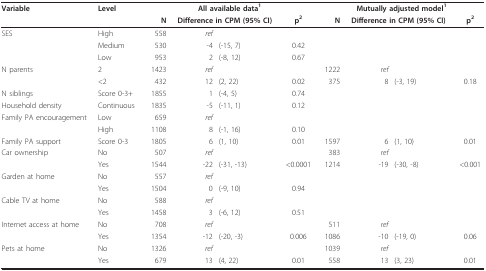
<table><thead><tr><td><b>Variable</b></td><td><b>Level</b></td><td colspan="4"><b>All available data<sup>1</sup></b></td><td colspan="4"><b>Mutually adjusted model<sup>1</sup></b></td></tr><tr><td></td><td></td><td><b>N</b></td><td colspan="2"><b>Difference in CPM (95% CI)</b></td><td><b>p<sup>2</sup></b></td><td><b>N</b></td><td colspan="2"><b>Difference in CPM (95% CI)</b></td><td><b>p<sup>2</sup></b></td></tr></thead><tbody><tr><td>SES</td><td>High</td><td>558</td><td><i>ref</i></td><td></td><td></td><td></td><td></td><td></td><td></td></tr><tr><td></td><td>Medium</td><td>530</td><td>-4</td><td>(-15, 7)</td><td>0.42</td><td></td><td></td><td></td><td></td></tr><tr><td></td><td>Low</td><td>953</td><td>2</td><td>(-8, 12)</td><td>0.67</td><td></td><td></td><td></td><td></td></tr><tr><td>N parents</td><td>2</td><td>1423</td><td><i>ref</i></td><td></td><td></td><td>1222</td><td><i>ref</i></td><td></td><td></td></tr><tr><td></td><td>&lt;2</td><td>432</td><td>12</td><td>(2, 22)</td><td>0.02</td><td>375</td><td>8</td><td>(-3, 19)</td><td>0.18</td></tr><tr><td>N siblings</td><td>Score 0-3+</td><td>1855</td><td>1</td><td>(-4, 5)</td><td>0.74</td><td></td><td></td><td></td><td></td></tr><tr><td>Household density</td><td>Continuous</td><td>1835</td><td>-5</td><td>(-11, 1)</td><td>0.12</td><td></td><td></td><td></td><td></td></tr><tr><td>Family PA encouragement</td><td>Low</td><td>659</td><td><i>ref</i></td><td></td><td></td><td></td><td></td><td></td><td></td></tr><tr><td></td><td>High</td><td>1108</td><td>8</td><td>(-1, 16)</td><td>0.10</td><td></td><td></td><td></td><td></td></tr><tr><td>Family PA support</td><td>Score 0-3</td><td>1805</td><td>6</td><td>(1, 10)</td><td>0.01</td><td>1597</td><td>6</td><td>(1, 10)</td><td>0.01</td></tr><tr><td>Car ownership</td><td>No</td><td>507</td><td><i>ref</i></td><td></td><td></td><td>383</td><td><i>ref</i></td><td></td><td></td></tr><tr><td></td><td>Yes</td><td>1544</td><td>-22</td><td>(-31, -13)</td><td>&lt;0.0001</td><td>1214</td><td>-19</td><td>(-30, -8)</td><td>&lt;0.001</td></tr><tr><td>Garden at home</td><td>No</td><td>557</td><td><i>ref</i></td><td></td><td></td><td></td><td></td><td></td><td></td></tr><tr><td></td><td>Yes</td><td>1504</td><td>0</td><td>(-9, 10)</td><td>0.94</td><td></td><td></td><td></td><td></td></tr><tr><td>Cable TV at home</td><td>No</td><td>588</td><td><i>ref</i></td><td></td><td></td><td></td><td></td><td></td><td></td></tr><tr><td></td><td>Yes</td><td>1458</td><td>3</td><td>(-6, 12)</td><td>0.51</td><td></td><td></td><td></td><td></td></tr><tr><td>Internet access at home</td><td>No</td><td>708</td><td><i>ref</i></td><td></td><td></td><td>511</td><td><i>ref</i></td><td></td><td></td></tr><tr><td></td><td>Yes</td><td>1354</td><td>-12</td><td>(-20, -3)</td><td>0.006</td><td>1086</td><td>-10</td><td>(-19, 0)</td><td>0.06</td></tr><tr><td>Pets at home</td><td>No</td><td>1326</td><td><i>ref</i></td><td></td><td></td><td>1039</td><td><i>ref</i></td><td></td><td></td></tr><tr><td></td><td>Yes</td><td>679</td><td>13</td><td>(4, 22)</td><td>0.01</td><td>558</td><td>13</td><td>(3, 23)</td><td>0.01</td></tr></tbody></table>